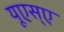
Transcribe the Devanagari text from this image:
यूएस्‌ए